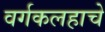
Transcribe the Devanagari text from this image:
वर्गकलहाचे